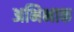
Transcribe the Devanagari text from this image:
अभिभाक